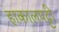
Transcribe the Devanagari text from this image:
हाकालपट्टी